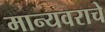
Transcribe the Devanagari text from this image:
मान्यवराचे